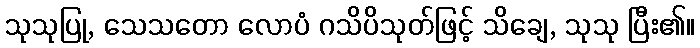
သုသုပြု, သေသတော လောပံ ဂသိပိသုတ်ဖြင့် သိချေ, သုသု ပြီး၏။